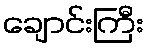
ချောင်းကြီး